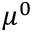
\mu ^ { 0 }